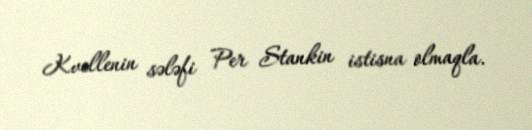
Kvellenin sələfi Per Stankin istisna olmaqla.